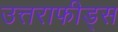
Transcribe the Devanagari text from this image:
उत्तराफीड्स